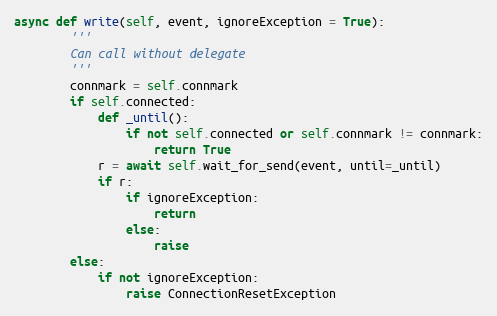
Language: Python
async def write(self, event, ignoreException = True):
        '''
        Can call without delegate
        '''
        connmark = self.connmark
        if self.connected:
            def _until():
                if not self.connected or self.connmark != connmark:
                    return True
            r = await self.wait_for_send(event, until=_until)
            if r:
                if ignoreException:
                    return
                else:
                    raise
        else:
            if not ignoreException:
                raise ConnectionResetException